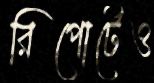
রিপোর্টেও